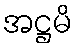
အဋ္ဌမိ